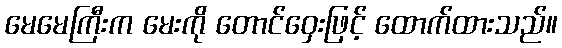
မေမေကြီးက မေးကို တောင်ဝှေးဖြင့် ထောက်ထားသည်။